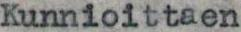
Kunnioittaen